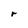
Character: r